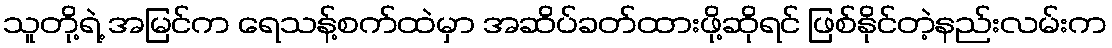
သူတို့ရဲ့ အမြင်က ရေသန့်စက်ထဲမှာ အဆိပ်ခတ်ထားဖို့ဆိုရင် ဖြစ်နိုင်တဲ့နည်းလမ်းက